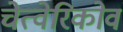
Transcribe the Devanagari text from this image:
चेत्वेरिकोव